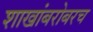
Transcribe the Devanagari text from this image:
शाखांबरोबरच